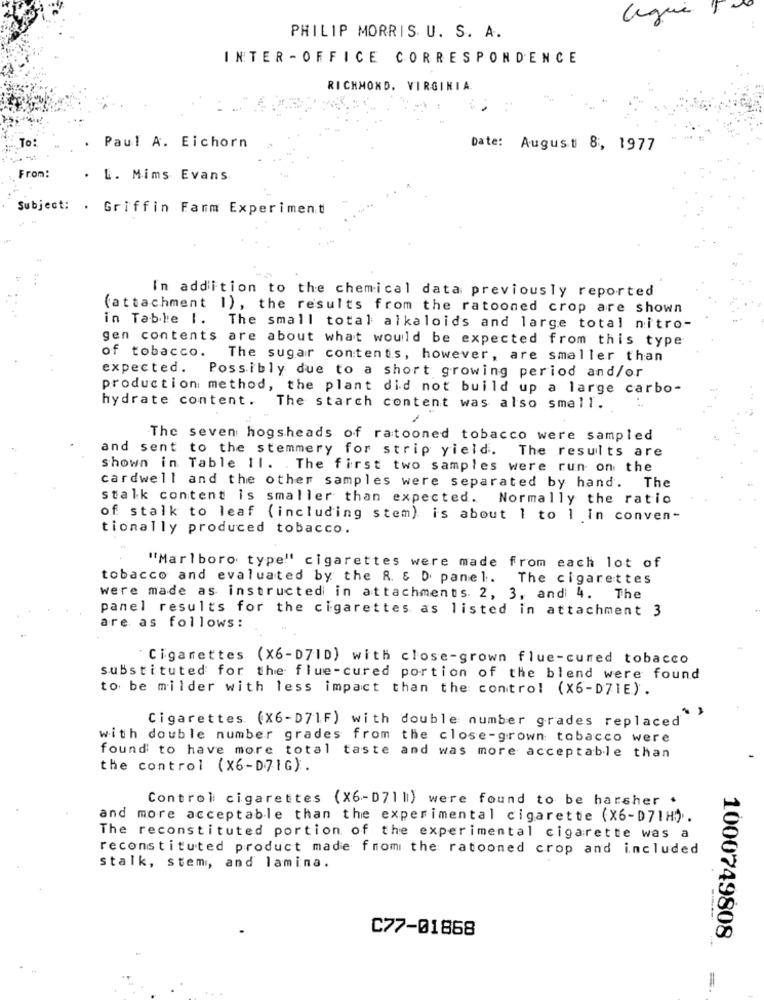
PHILIP MORRIS U. S. A.
INTER - OFFICE CORRESPONDENCE
RICHMOND, VIRGINIA.
To:
Paul A. Eichorn
Date: August 8, 1977
From:
. L. Mims Evans
Subject: . Griffin Farm Experiment
In addition to the chemical data previously reported
(attachment 1) , the results from the ratooned crop are shown
in Table 1. The small total alkaloids and large total nitro-
gen contents are about what would be expected from this type
of tobacco.
The sugar contents, however, are smaller than
expected. Possibly due to a short growing period and/or
production method, the plant did not build up a large carbo-
hydrate content. The starch content was also small.
The seven hogsheads of ratooned tobacco were sampled
and sent to the stemmery for strip yield. The results are
shown in Table 11. The first two samples were run on the
cardwell and the other samples were separated by hand. The
stalk content is smaller than expected. Normally the ratio
of stalk to leaf (including stem) is about 1 to 1 in conven-
tionally produced tobacco.
"Marlboro type" cigarettes were made from each lot of
tobacco and evaluated by the R & D panel. The cigarettes
were made as instructed in attachments. 2, 3, and 4. The
panel results for the cigarettes as listed in attachment 3
are as follows:
"Cigarettes (X6-D7ID) with close-grown flue-cured tobacco
substituted for the flue-cured portion of the blend were found
to be milder with less impact than the control (x6-D71E).
Cigarettes (X6-D71F) with double number grades replaced
with double number grades from the close-grown tobacco were
found to have more total taste and was more acceptable than
the control (x6-D71G).
Control cigarettes (X6-D7111) were found to be harsher .
and more acceptable than the experimental cigarette (X6-D71H).
The reconstituted portion of the experimental cigarette was a
reconstituted product made from the ratooned crop and included
stalk, stem, and lamina.
C77-01868
1000749808